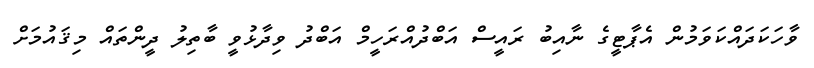
ވާހަކަދައްކަވަމުން އެޕާޓީގެ ނާއިބު ރައީސް އަބްދުއްރަހީމް އަބްދު ވިދާޅުވީ ބާތިލު ދީންތައް މިޤައުމަށް